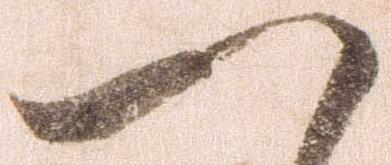
一